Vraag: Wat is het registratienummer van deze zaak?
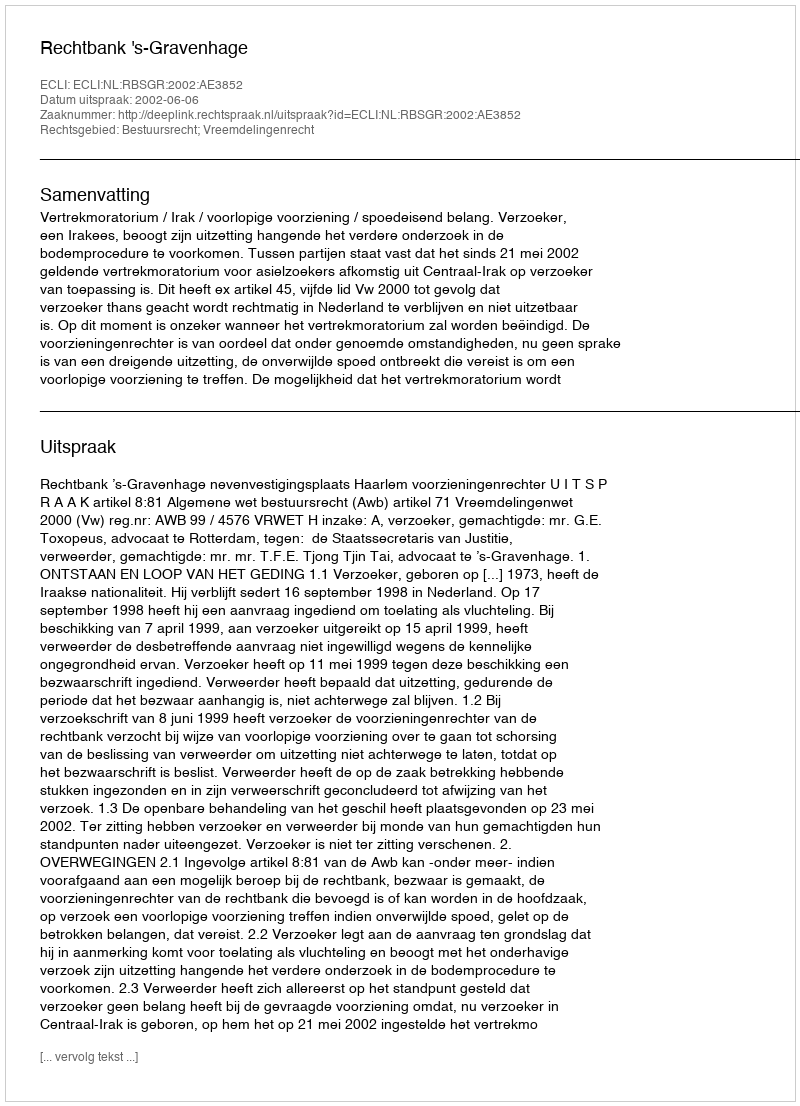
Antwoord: http://deeplink.rechtspraak.nl/uitspraak?id=ECLI:NL:RBSGR:2002:AE3852